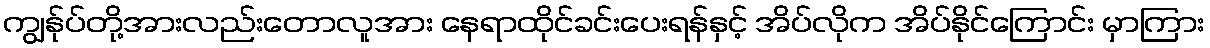
ကျွန်ုပ်တို့အားလည်းတောလူအား နေရာထိုင်ခင်းပေးရန်နှင့် အိပ်လိုက အိပ်နိုင်ကြောင်း မှာကြား